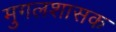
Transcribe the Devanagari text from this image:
मुगलशासक